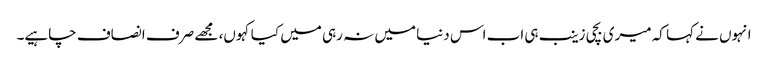
انہوں نے کہا کہ میری بچی زینب ہی اب اس دنیا میں نہ رہی میں کیا کہوں، مجھے صرف انصاف چاہیے۔